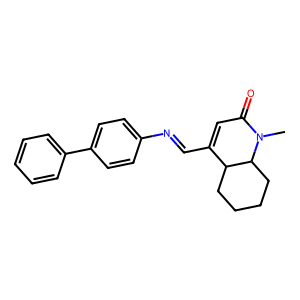
SMILES: CN1C(=O)C=C(C=Nc2ccc(-c3ccccc3)cc2)C2CCCCC21
Inhibits HIV replication: No